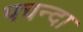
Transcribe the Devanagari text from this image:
पचन्दा